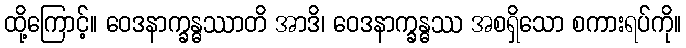
ထို့ကြောင့်။ ဝေဒနာက္ခန္ဓဿာတိ အာဒိ၊ ဝေဒနာက္ခန္ဓဿ အစရှိသော စကားရပ်ကို။